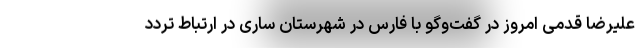
علیرضا قدمی امروز در گفت‌وگو با فارس در شهرستان ساری در ارتباط تردد